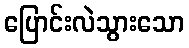
ပြောင်းလဲသွားသော